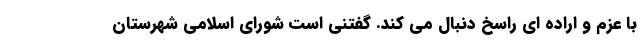
با عزم و اراده ای راسخ دنبال می کند. گفتنی است شورای اسلامی شهرستان